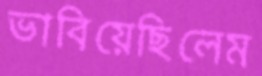
ভাবিয়েছিলেম